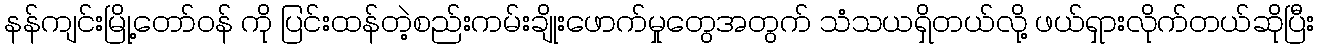
နန်ကျင်းမြို့တော်ဝန် ကို ပြင်းထန်တဲ့စည်းကမ်းချိုးဖောက်မှုတွေအတွက် သံသယရှိတယ်လို့ ဖယ်ရှားလိုက်တယ်ဆိုပြီး